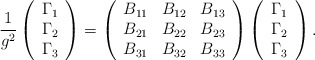
\begin{align*}\frac{1}{g^{2}}\left(\begin{array}{l}\Gamma _{1} \\\Gamma _{2} \\\Gamma _{3}\end{array}\right) =\left(\begin{array}{lll}B_{11} & B_{12} & B_{13} \\B_{21} & B_{22} & B_{23} \\B_{31} & B_{32} & B_{33}\end{array}\right) \left(\begin{array}{l}\Gamma _{1} \\\Gamma _{2} \\\Gamma _{3}\end{array}\right) . \end{align*}